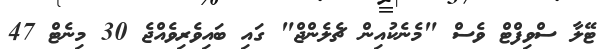
ޓޭލާ ސްވިފްޓް ވެސް "މެނެކުއިން ޗެލެންޖް" ގައި ބައިވެރިވެއްޖެ 30 މިނެޓް 47